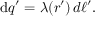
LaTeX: \mathrm { d } q ^ { \prime } = \lambda ( { \boldsymbol { r ^ { \prime } } } ) \, d \ell ^ { \prime } .